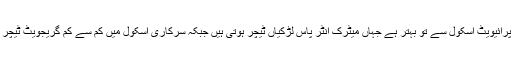
اور بچوں کو سرکاری اسکول میں ڈال دیں جو کہ محلے میں کھلے پرائیویٹ اسکول سے تو بہتر ہے جہاں میٹرک انٹر پاس لڑکیاں ٹیچر ہوتی ہیں جبکہ سرکاری اسکول میں کم سے کم گریجویٹ ٹیچر تو ہو گی لیکن یہ بات وہ مانتے نہیں تو کیا ان کی مدد کرتے رہیں؟